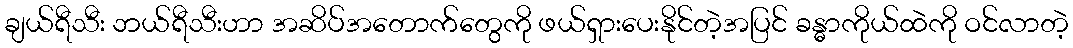
ချယ်ရီသီး ဘယ်ရီသီးဟာ အဆိပ်အတောက်တွေကို ဖယ်ရှားပေးနိုင်တဲ့အပြင် ခန္ဓာကိုယ်ထဲကို ဝင်လာတဲ့